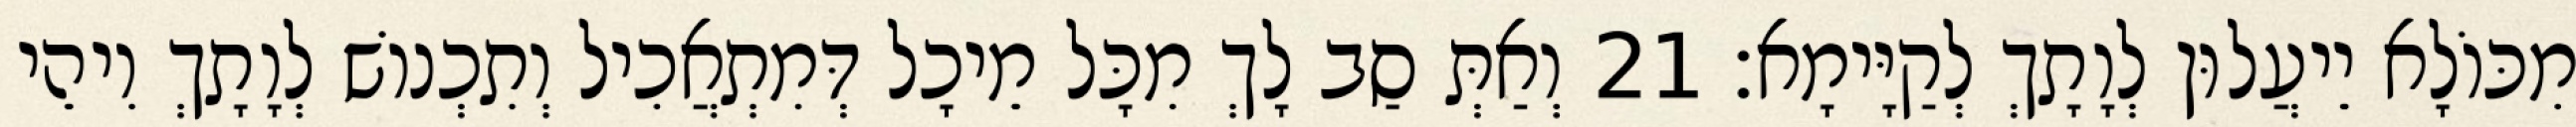
מִכּוֹלָא יֵיעֲלוּן לְוָתָךְ לְקַיָּימָא׃ 21 וְאַתְּ סַב לָךְ מִכָּל מֵיכָל דְּמִתְאֲכִיל וְתִכְנוֹשׁ לְוָתָךְ וִיהֵי